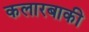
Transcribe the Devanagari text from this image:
कलारबाकी